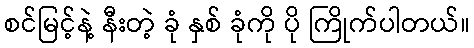
စင်မြင့်နဲ့ နီးတဲ့ ခုံ နှစ် ခုံကို ပို ကြိုက်ပါတယ်။